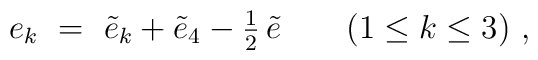
e_k~=~\tilde{e}_k + \tilde{e}_4 - {\textstyle {1 \over 2}} \, \tilde{e} \qquad (1 \leq k \leq 3)~,